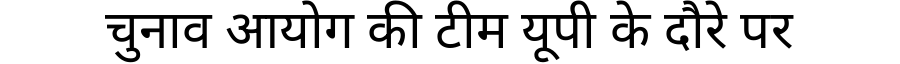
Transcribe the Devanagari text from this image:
चुनाव आयोग की टीम यूपी के दौरे पर